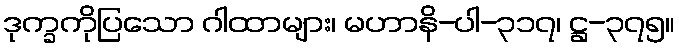
ဒုက္ခကိုပြသော ဂါထာများ၊ မဟာနိ-ပါ-၃၁၇၊ ဋ္ဌ-၃၇၅။